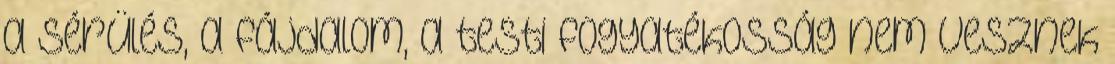
a sérülés, a fájdalom, a testi fogyatékosság nem vesznek